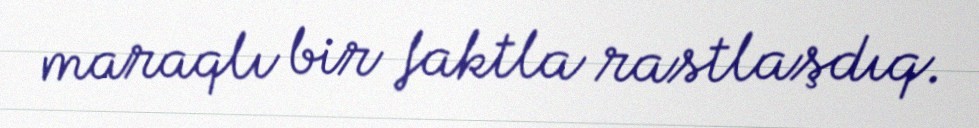
maraqlı bir faktla rastlaşdıq.